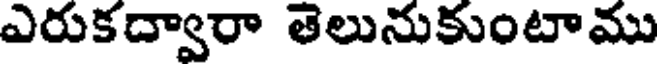
ఎరుకద్వారా తెలునుకుంటాము